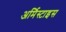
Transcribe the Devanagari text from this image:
अर्मिस्टाइस